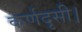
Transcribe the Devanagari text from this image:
कर्णदृसी।